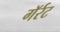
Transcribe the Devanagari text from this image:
गॅर्रट